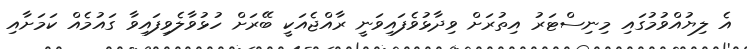
އެ ލިޔުއްވުމުގައި މިނިސްޓަރު އިތުރަށް ވިދާޅުވެފައިވަނީ ރާއްޖެއަކީ ބޭރަށް ހުޅުވާލެވިފައިވާ ގައުމެއް ކަމަށާއި